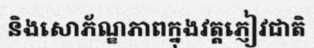
និងសោភ័ណ្ឌភាពក្នុងវត្តភ្ញៀវជាតិ